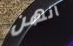
انهن